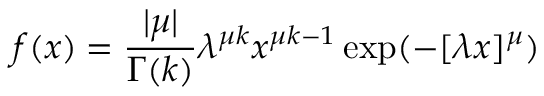
f ( x ) = \frac { \vert \mu \vert } { \Gamma ( k ) } \lambda ^ { \mu k } x ^ { \mu k - 1 } \exp ( - [ \lambda x ] ^ { \mu } )